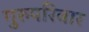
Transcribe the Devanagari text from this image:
गुरुपरिवार